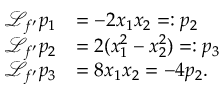
\begin{array} { r l } { { \mathcal { L } } _ { f ^ { \prime } } p _ { 1 } } & { = - 2 x _ { 1 } x _ { 2 } = : p _ { 2 } } \\ { { \mathcal { L } } _ { f ^ { \prime } } p _ { 2 } } & { = 2 ( x _ { 1 } ^ { 2 } - x _ { 2 } ^ { 2 } ) = : p _ { 3 } } \\ { { \mathcal { L } } _ { f ^ { \prime } } p _ { 3 } } & { = 8 x _ { 1 } x _ { 2 } = - 4 p _ { 2 } . } \end{array}